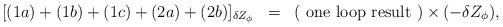
LaTeX: \begin{align*}\begin{array}{rcl}[(1a)+(1b)+(1c)+(2a)+(2b)]_{\delta Z_{\phi}}&=&\displaystyle ({\rm ~one~loop~result~})\times(-\delta Z_{\phi}),\end{array}\end{align*}